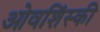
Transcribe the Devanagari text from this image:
ओवशिंस्की